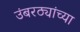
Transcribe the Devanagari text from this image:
उंबरठ्यांच्या